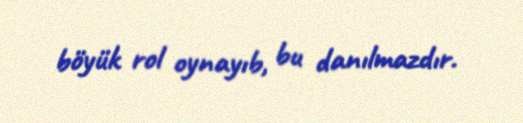
böyük rol oynayıb, bu danılmazdır.